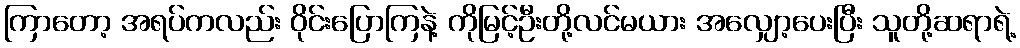
ကြာတော့ အရပ်ကလည်း ဝိုင်းပြောကြနဲ့ ကိုမြင့်ဦးတို့လင်မယား အလျှော့ပေးပြီး သူတို့ဆရာရဲ့